Indian journal of veterinary science and animal husbandry - Volumes 24-25, 1954-1955
Year: 1954
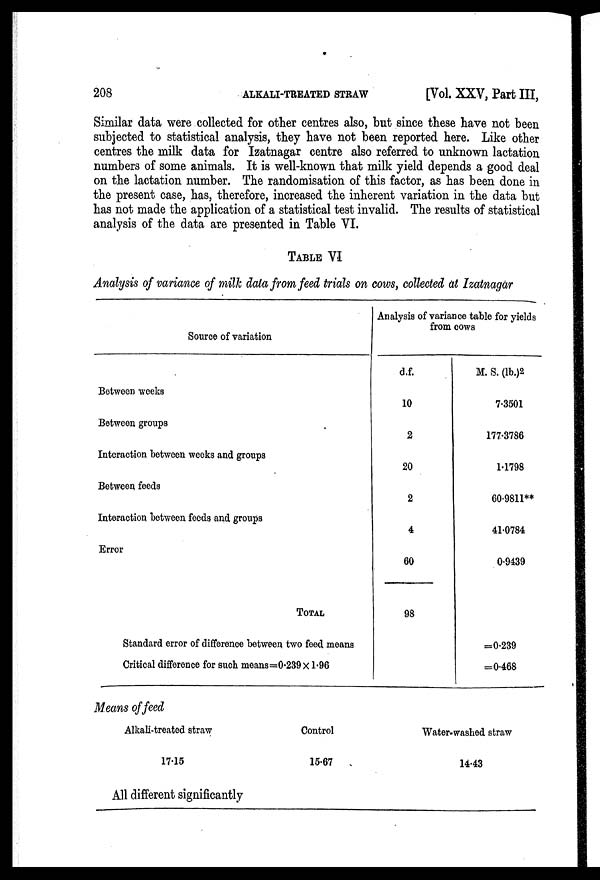
208
ALKALI-TREATED
STRAW
[Vol. XXV, Part III,
Similar data were collected for other centres also, but since these have not been
subjected to statistical analysis, they have not been reported here. Like other
centres the milk data for Izatnagar centre also referred to unknown lactation
numbers of some animals. It is well-known that milk yield depends a good deal
on the lactation number. The randomisation of this factor, as has been done in
the present case, has, therefore, increased the inherent variation in the data but
has not made the application of a statistical test invalid. The results of statistical
analysis of the data are presented in Table VI.
TABLE VI
Analysis of variance of milk data from feed trials on cows, collected at Izatnagar
Source of variation
Between weeks
Between groups
Interaction between weeks and groups
Between feeds
Interaction between feeds and groups
Error
TOTAL
Analysis of variance table for yields
from cows
d.f.
10
2
20
2
4
60
98
M. S. (lb.)2
7.3501
177.3786
1.1798
60.9811**
41.0784
0.9439
Standard error of difference between two feed means
Critical difference for such means=0.239 x 1.96
=0.239
=0.468
Means of feed
Alkali-treated straw
17.15
Control
15.67
Water-washed straw
14.43
All different significantly